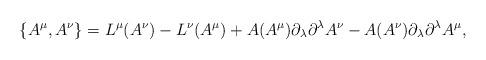
LaTeX: \begin{align*}\{A^{\mu},A^{\nu}\} =L^{\mu}(A^{\nu}) - L^{\nu}(A^{\mu}) + A(A^{\mu})\partial_{\lambda}\partial^\lambda A^{\nu} - A(A^{\nu})\partial_{\lambda}\partial^{\lambda} A^{\mu},\end{align*}